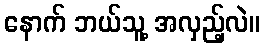
နောက် ဘယ်သူ့ အလှည့်လဲ။